Leprosy in India: report of the Leprosy Commission in India, 1890-91
Year: 1890
Disease focus: Leprosy
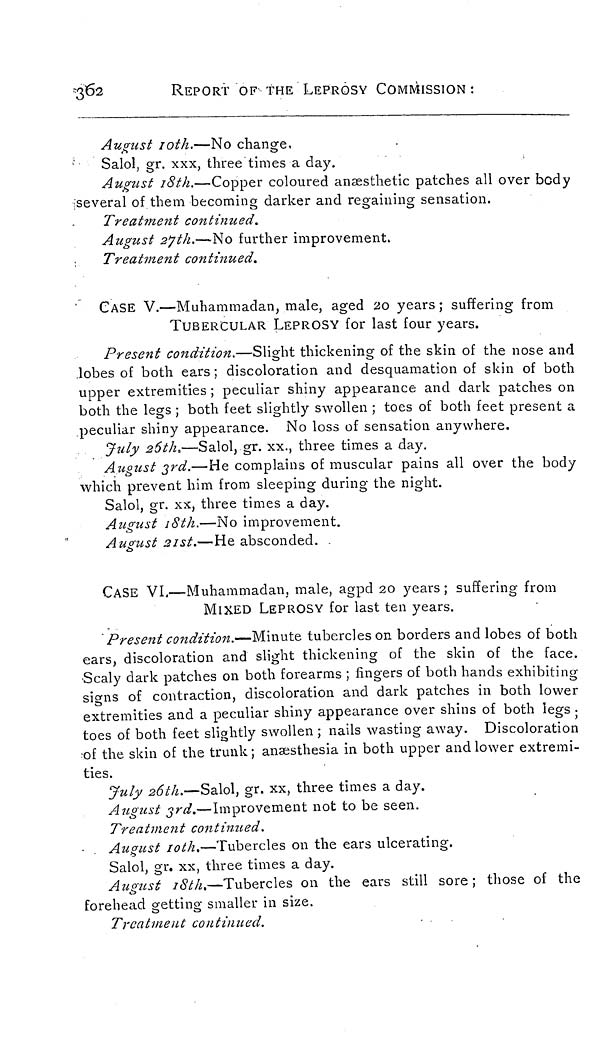
362
REPORT OF THE LEPROSY COMMISSION :
August 10th.—No change.
Salol, gr. xxx, three times a day.
August 18th.—Copper coloured anæsthetic patches all over body
several of them becoming darker and regaining sensation.
Treatment continued.
August 27th.—No further improvement.
Treatment continued.
CASE V.—Muhammadan, male, aged 20 years ; suffering from
TUBERCULAR LEPROSY for last four years.
Present condition.—Slight thickening of the skin of the nose and
lobes of both ears ; discoloration and desquamation of skin of both
upper extremities ; peculiar shiny appearance and dark patches on
both the legs ; both feet slightly swollen ; toes of both feet present a
peculiar shiny appearance. No loss of sensation anywhere.
July 26th..—Salol, gr. xx., three times a day.
August 3rd.—He complains of muscular pains all over the body
which prevent him from sleeping during the night.
Salol, gr. xx, three times a day.
August 18th.—No improvement.
August 21st.—He absconded.
CASE VI.—Muhammadan. male, agpd 20 years ; suffering from
MIXED LEPROSY for last ten years.
Present condition.—Minute tubercles on borders and lobes of both
ears, discoloration and slight thickening of the skin of the face.
Scaly dark patches on both forearms ; fingers of both hands exhibiting
signs of contraction, discoloration and dark patches in both lower
extremities and a peculiar shiny appearance over shins of both legs ;
toes of both feet slightly swollen ; nails wasting away. Discoloration
of the skin of the trunk ; anaesthesia in both upper and lower extremi-
ties.
July 26th.—Salol, gr. xx, three times a day.
August 3rd.—Improvement not to be seen.
Treatment continued.
August 10th.—Tubercles on the ears ulcerating.
Salol, gr. xx, three times a day.
August 18th.—Tubercles on the ears still sore; those of the
forehead getting smaller in size.
Treatment continued.